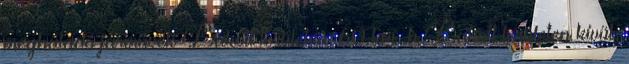
meghaladó járművek Lakott területen: 60 km h Lakott területen kívül: